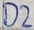
Text: D2